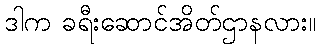
ဒါက ခရီးဆောင်အိတ်ဌာနလား။